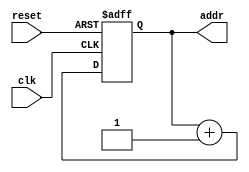
module AG(clk, reset, addr);
input clk, reset;
output[3:0] addr;
reg[3:0] addr;

always@(posedge clk, negedge reset)
	if (!reset)
		addr <= 4'd0;
	else
		addr <= addr + 4'd1;

endmodule